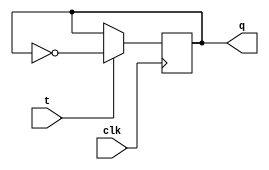
module tflip(t,clk,q);
input t,clk;
output reg q;
initial
begin
    q<=0;
end

always@(posedge clk)
begin
if(t==1)
    q<=~q;
else
q<=q;
end

endmodule